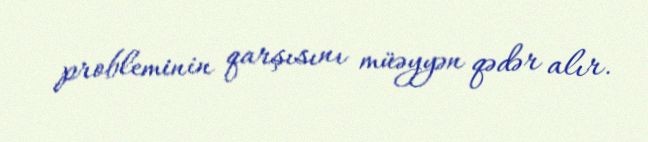
probleminin qarşısını müəyyən qədər alır.